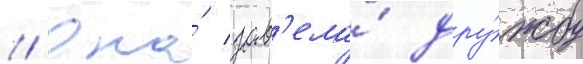
// Она́ зав'ела́ дру́жбу